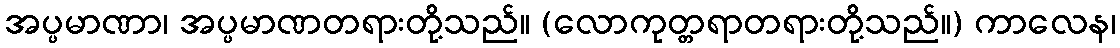
အပ္ပမာဏာ၊ အပ္ပမာဏတရားတို့သည်။ (လောကုတ္တရာတရားတို့သည်။) ကာလေန၊